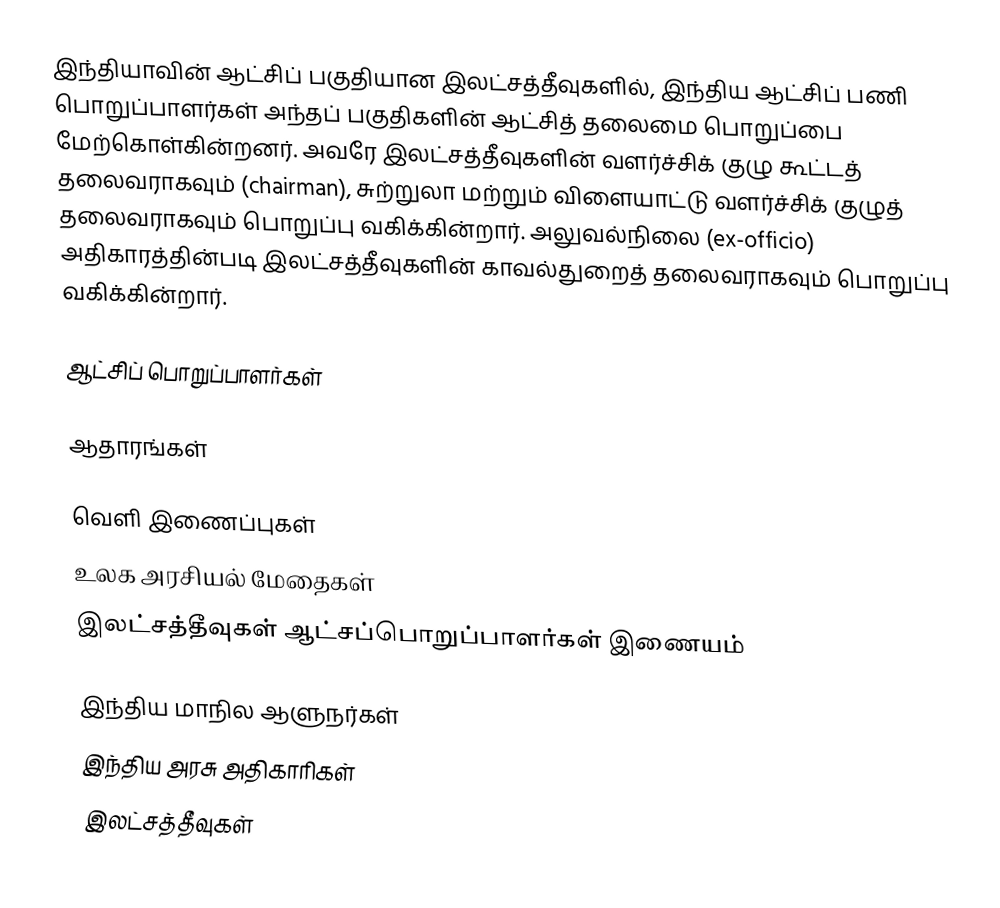
இந்தியாவின் ஆட்சிப் பகுதியான இலட்சத்தீவுகளில், இந்திய ஆட்சிப் பணி பொறுப்பாளர்கள் அந்தப் பகுதிகளின் ஆட்சித் தலைமை பொறுப்பை மேற்கொள்கின்றனர். அவரே இலட்சத்தீவுகளின் வளர்ச்சிக் குழு கூட்டத் தலைவராகவும் (chairman), சுற்றுலா மற்றும் விளையாட்டு வளர்ச்சிக் குழுத் தலைவராகவும் பொறுப்பு வகிக்கின்றார். அலுவல்நிலை (ex-officio) அதிகாரத்தின்படி இலட்சத்தீவுகளின் காவல்துறைத் தலைவராகவும் பொறுப்பு வகிக்கின்றார்.

ஆட்சிப் பொறுப்பாளர்கள்

ஆதாரங்கள்

வெளி இணைப்புகள்
 உலக அரசியல் மேதைகள்
 இலட்சத்தீவுகள் ஆட்சப்பொறுப்பாளர்கள் இணையம்

இந்திய மாநில ஆளுநர்கள்
இந்திய அரசு அதிகாரிகள்
இலட்சத்தீவுகள்